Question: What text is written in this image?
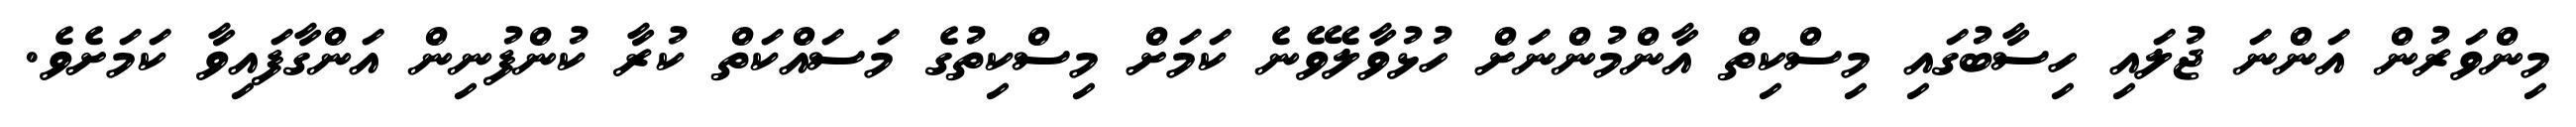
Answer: މިންވަރުން އަންނަ ޖުލައި ހިސާބުގައި މިސްކިތް އާންމުންނަށް ހުޅުވާލެވޭނެ ކަމަށް މިސްކިތުގެ މަސައްކަތް ކުރާ ކުންފުނިން އަންގާފައިވާ ކަމަށެވެ.